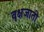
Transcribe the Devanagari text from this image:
वृक्षजाती